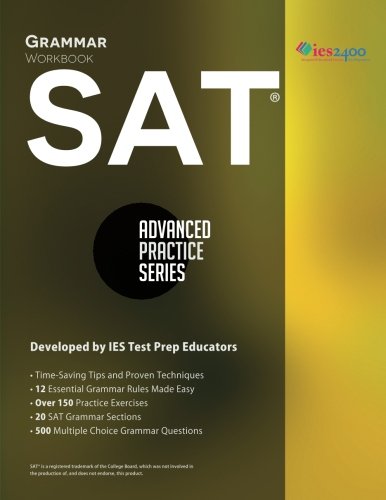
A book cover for SAT Grammar Workbook (Advanced Practice Series) (Volume 2); Arianna Astuni; Test Preparation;